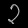
Digit: ၃